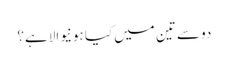
دو سے تین میں کیا ہونیوالا ہے؟